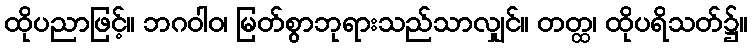
ထိုပညာဖြင့်။ ဘဂဝါဝ၊ မြတ်စွာဘုရားသည်သာလျှင်။ တတ္ထ၊ ထိုပရိသတ်၌။